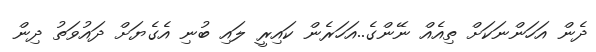
ދެން އަހަންނަކަށް ތިއެއް ނޭންގެ..އަހަރެން ކައިރީ ލައި ބުނި އެގެޔަށް ދައުވަތު ދިން